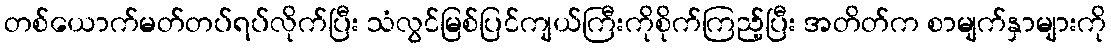
တစ်ယောက်မတ်တပ်ရပ်လိုက်ပြီး သံလွင်မြစ်ပြင်ကျယ်ကြီးကိုစိုက်ကြည့်ပြီး အတိတ်က စာမျက်နှာများကို